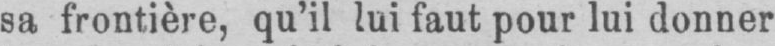
sa frontière, qu’il lui faut pour lui donner